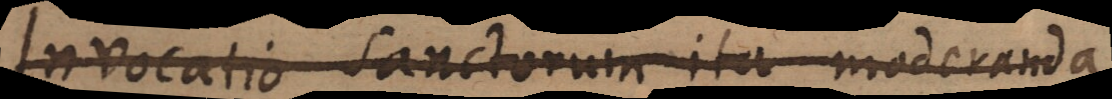
Invocatio Sanctorum ita moderanda